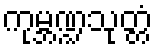
ကုမ္ဘဏ္ဍသုတ္တံ